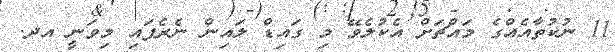
11 ނުކުތާއެއްގެ މައްޗަށް އެކުލެވޭ މި ގައިޑް ލައިން ނެރެފައި މިވަނީ އދ.